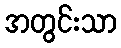
အတွင်းသာ